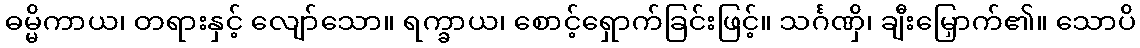
ဓမ္မိကာယ၊ တရားနှင့် လျော်သော။ ရက္ခာယ၊ စောင့်ရှောက်ခြင်းဖြင့်။ သင်္ဂဏှိ၊ ချီးမြှောက်၏။ သောပိ